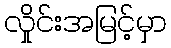
လှိုင်းအမြင့်မှာ